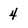
Character: 4